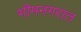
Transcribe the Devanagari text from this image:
भीमनगरात